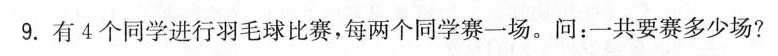
9.有4个同学进行羽毛球比赛，每两个同学赛一场。问：一共要赛多少场?